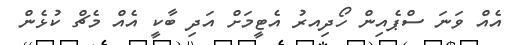
އެއް ވަނަ ސްޕެއިން ހޯދިިއރު އެޓީމަށް އަދި ބާކީ އެއް މެޗް ކުޅެން